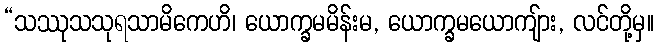
“သဿုသသုရသာမိကေဟိ၊ ယောက္ခမမိန်းမ, ယောက္ခမယောကျ်ား, လင်တို့မှ။